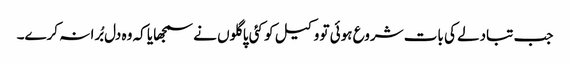
جب تبادلے کی بات شروع ہوئی تو وکیل کو کئی پاگلوں نے سمجھایا کہ وہ دل بُرا نہ کرے۔